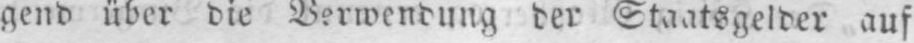
gend über die Verwendung der Staatsgelder auf